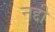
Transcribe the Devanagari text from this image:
नद्दी